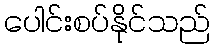
ပေါင်းစပ်နိုင်သည်